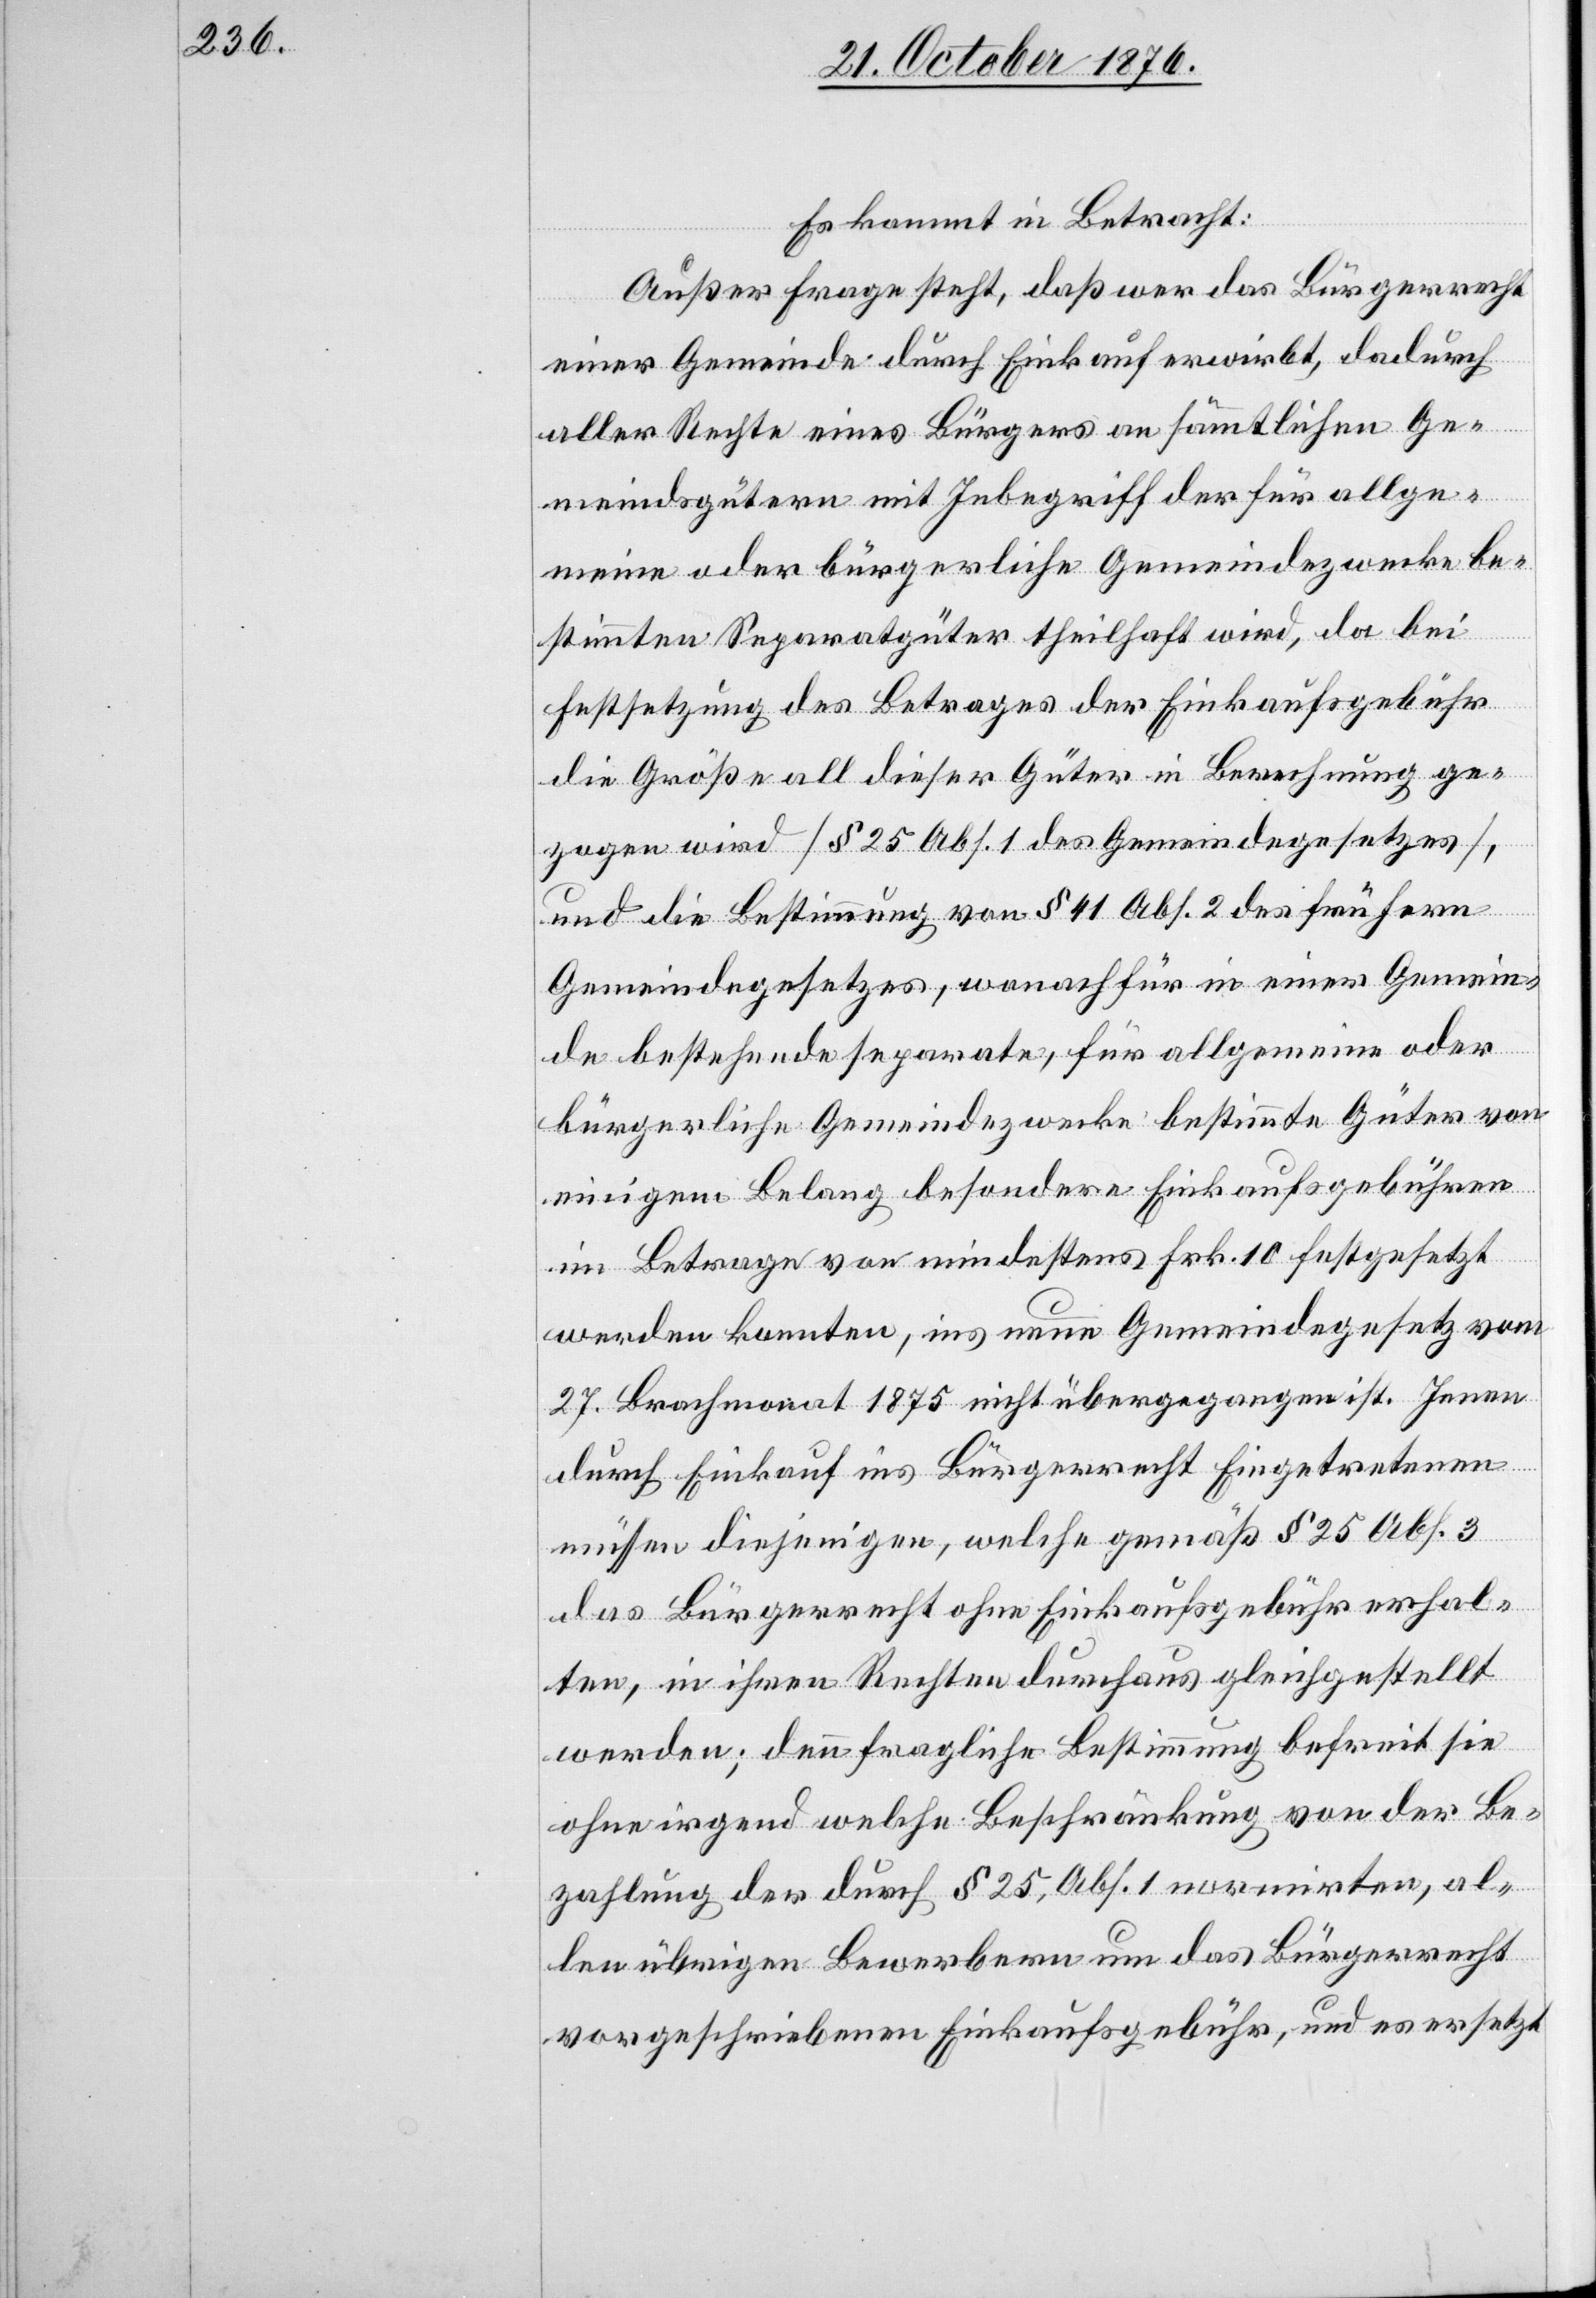
Es kommt in Betracht.
Außer Frage steht, daß wer das Bürgerrecht
einer Gemeinde durch Einkauf erwirbt, dadurch
aller Rechte eines Bürgers an sämmtlichen Ge¬
meindsgütern mit Inbegriff der für allge¬
meine oder bürgerliche Gemeindezwecke be¬
stimmten Separatgüter theilhaft wird, da bei
Festsetzung des Betrages der Einkaufgebühr
die Größe all dieser Güter in Berechnung ge¬
zogen wird [1 25 Abs. 1 des Gemeindegesetzes],
und die Bestimmung von § 41 Abs. 2 des frühern
Gemeindegesetzes, wonach für in einer Gemein¬
de bestehende separate, für allgemeine oder
bürgerliche Gemeindezwecke bestimmte Güter von
einigem Belang besondere Einkaufsgebühren
im Betrage von mindestens Frk. 10 festgesetzt
werden konnten, ins neue Gemeindegesetz vom
27. Brachmonat 1875 nicht übergegangen ist. Jenen
durch Einkauf ins Bürgerrecht Eingetretenen
müssen diejenigen, welche gemäß § 25 Ans. 3
des Bürgerrechtes ohne Einkaufsgebühr erhal¬
ten, in ihren Rechten durchaus geleichgestellt
werden; denn fragliche Bestimmung befreit sie
ohne irgend welche Beschränkung von der Be¬
zahlung der durch 1 25, Abs. 1 normirten, al¬
len übrigen Bewerbern um das Bürgerrecht
vorgeschriebenen Einkaufsgebühr, und es ersetzt